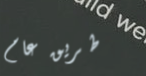
طريق عام